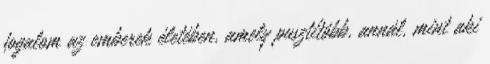
fogalom az emberek életében, amely pusztítóbb, annál, mint aki